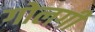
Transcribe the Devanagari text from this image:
गोलगी